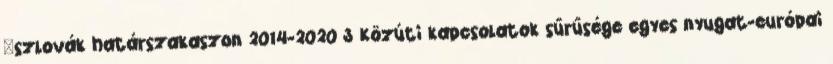
–szlovák határszakaszon 2014-2020 3 Közúti kapcsolatok sűrűsége egyes nyugat-európai